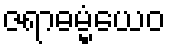
ဇရာဓမ္မံယေဝ